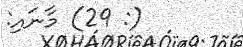
(: 29) މާނައި: